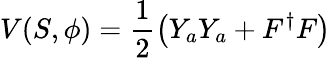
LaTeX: V(S,\phi)=\frac{1}{2}\left(Y_{a}Y_{a}+F^{\dagger}F\right)